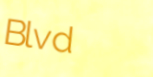
Blvd